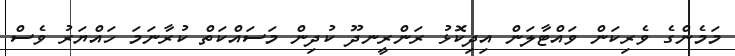
މަމެންގެ ވެރިކަން ވައްޓާލަން އިދިކޮޅު ރަންރީނދޫ ކުދިން މަސައްކަތް ކުރާނަމަ ހައްޔަރު ވެސް